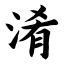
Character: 淆